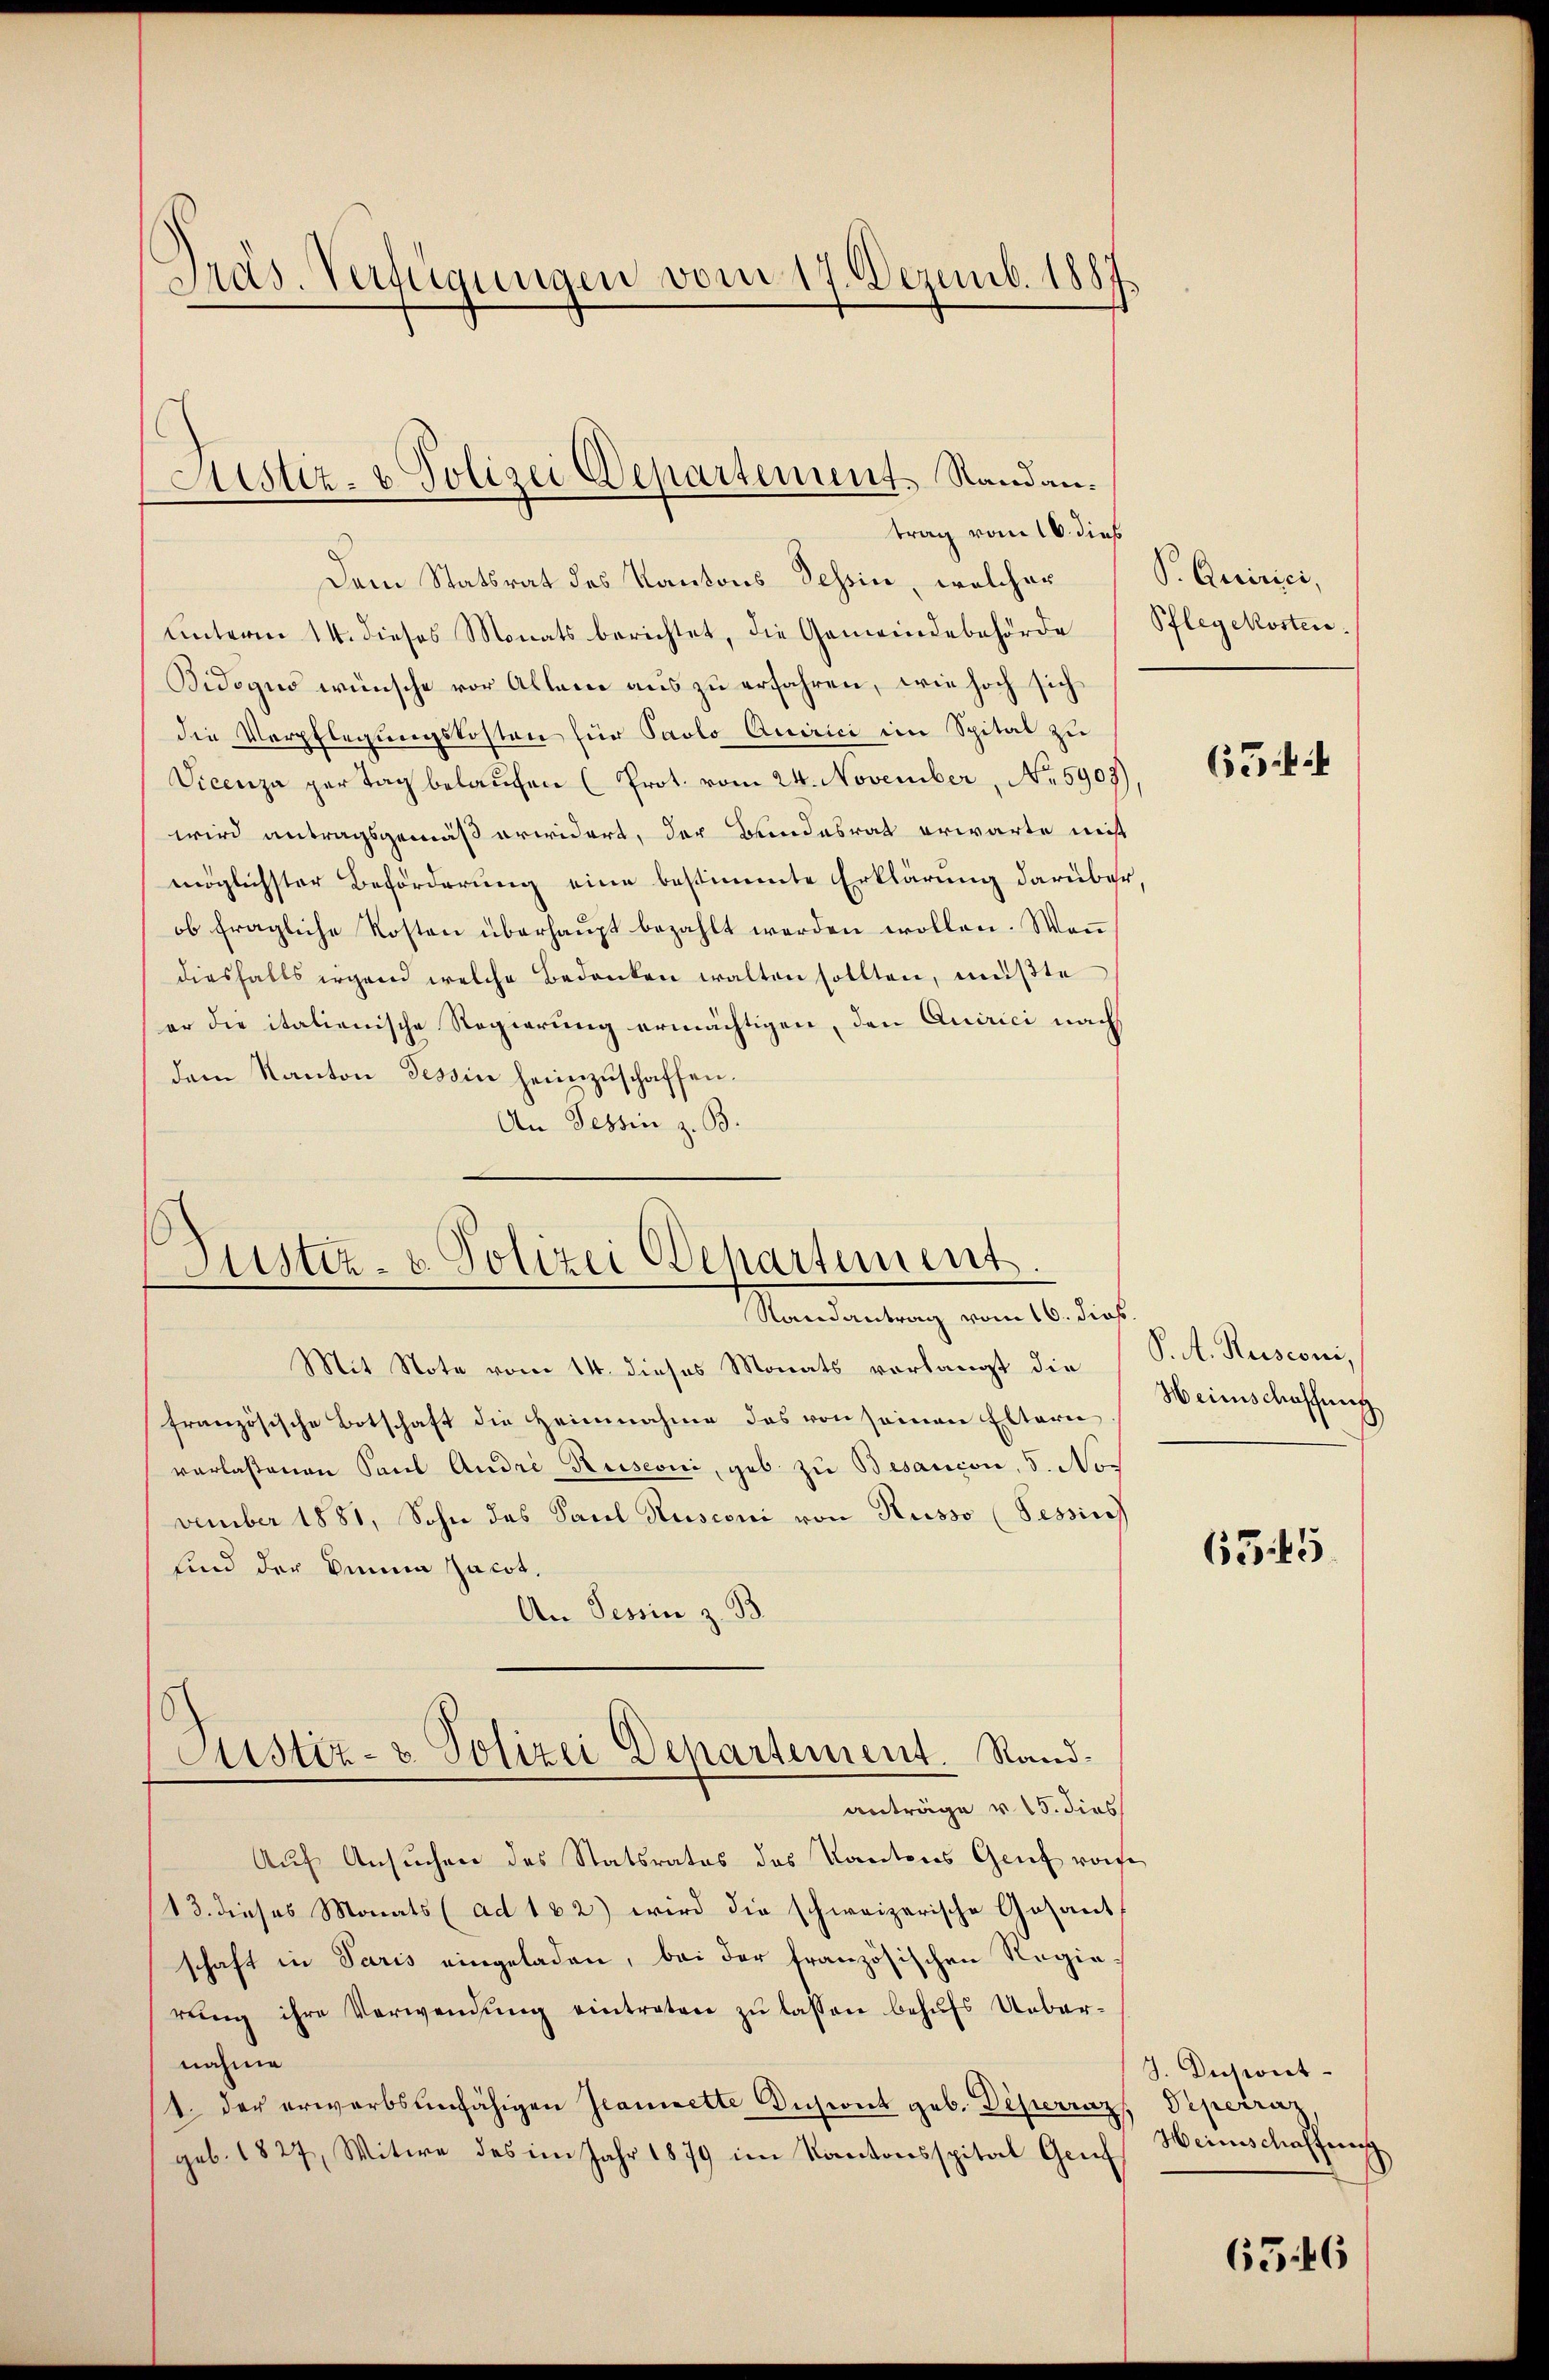
Präs. Verfügungen vom 17. Dezemb. 1887

Dem Statsrat des Kantons Tessin, welcher, S. Quirici,
unterm 14. dieses Monats berichtet, die Gemeindebehörde Pflegekosten.
Bidogus wünsche vor Allem aus zu erfahren, wie hoch sich
die Verpflegungskosten für Paolo Quirici im Spital zu
Vicenza per Tag belaufen (Prot. vom 24. November, No. 5909)
wird antragsgemäß erwidert, der Bundesrat erwarte nicht
möglichster Beförderung eine bestimmte Erklärung darüber,
ob fragliche Kosten überhaupt bezahlt werden wollen. Wenn
diesfalls irgend welche Bedanken walten sollten, müßte
er die italienische Regierung ermächtigen, den Quirici nach
dem Kanton Tessin heimzuschaffen.
An Tessin z. B.

Sistiz- & Polizei Departement. Standantrag vom 16. dieß

s
Justiz- u. Polizei Departement.
Randantrag vom 16. dies.

Justiz- & Polizei Departement. Randanträge u. 15. dies

Mit Note vom 14. dieses Monats vorlangt die
französische Botschaft die Heimnahme des von seinen Eltern
verlassenen Paul Andri Rusconi, geb. zu Besançon, 5. Nov
vember 1881, Sohn das Paul Rusconi von Russo (Tessin
sind der keinen Jacot.
An Tessin z. B
Auf Ansuchen des Statsrates des Kantons Genf vorhe
13. dieses Monats (ad 182) wird die schweizerische Gesant
schaft in Paris eingeladen, bei der französischen Regierŭng ihre Verwendŭng eintreten zŭ lassen behŭfs Ueber-
nahme
1. der erwerbsunfähigen Jeanrette Disiuk geb. Deperraz
geb. 1827, Witwe des im Jahr 1879 im Kantonsspital Genf

65 ff

P. A. Rusconi,
Heimschaffung

6545

J. Iusiont.
Peperaz
Heinschaffung

6546